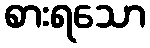
စားရသော